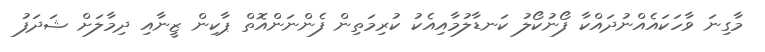
މާގިނަ ވާހަކައެއްނުދައްކާ ފޯނުކޯލު ކަނޑާލުމާއިއެކު ކުރިމަތިން ފެންނަންއޮތް ޕާކިން ޒީނާއި ދިމާލަށް ޝަދަފު